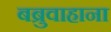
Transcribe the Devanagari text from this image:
बब्रुवाहाना